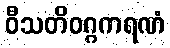
ဝီသတိဝဂ္ဂကရဏံ